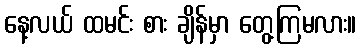
နေ့လယ် ထမင်း စား ချိန်မှာ တွေ့ကြမလား။